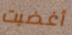
أغضبت